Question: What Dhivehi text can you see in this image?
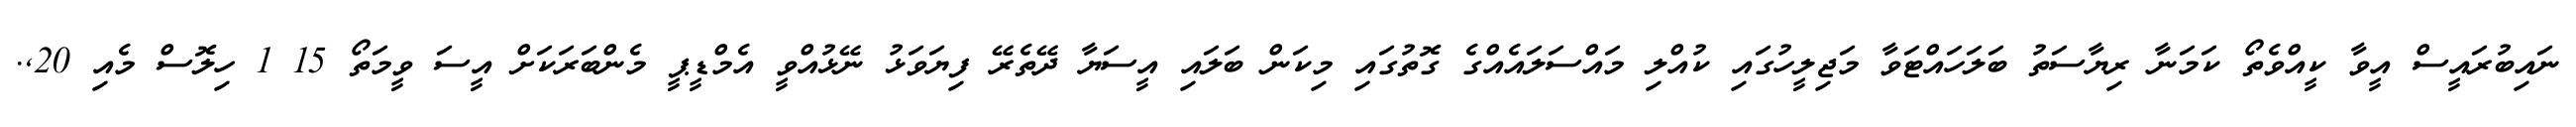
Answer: ނައިބުރައީސް އީވާ ކީއްވެތޯ ކަމަނާ ރިޔާސަތު ބަލަހައްޓަވާ މަޖިލީހުގައި ކުއްލި މައްސަލައެއްގެ ގޮތުގައި މިކަން ބަލައި އީސަޔާ ދޭތެރޭ ފިޔަވަޅު ނޭޅުއްވީ އެމްޑީޕީ މެންބަރަކަށް އީސަ ވީމަތޯ 15 1 ހިލޮސް މެއި 20,.